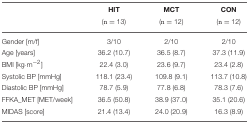
<table><thead><tr><td></td><td><b>HIT (n = 13)</b></td><td><b>MCT (n = 12)</b></td><td><b>CON (n = 12)</b></td></tr></thead><tbody><tr><td>Gender [m/f]</td><td>3/10</td><td>2/10</td><td>2/10</td></tr><tr><td>Age [years]</td><td>36.2 (10.7)</td><td>36.5 (8.7)</td><td>37.3 (11.9)</td></tr><tr><td>BMI [kg·m<sup>−2</sup>]</td><td>22.4 (3.0)</td><td>23.6 (9.7)</td><td>23.4 (2.8)</td></tr><tr><td>Systolic BP [mmHg]</td><td>118.1 (23.4)</td><td>109.8 (9.1)</td><td>113.7 (10.8)</td></tr><tr><td>Diastolic BP [mmHg]</td><td>78.7 (5.9)</td><td>77.8 (6.8)</td><td>78.3 (7.6)</td></tr><tr><td>FFKA_MET [MET/week]</td><td>36.5 (50.8)</td><td>38.9 (37.0)</td><td>35.1 (20.6)</td></tr><tr><td>MIDAS [score]</td><td>21.4 (13.4)</td><td>24.0 (20.9)</td><td>16.3 (8.9)</td></tr></tbody></table>